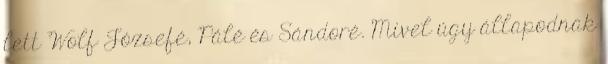
lett Wolf Józsefé, Pálé és Sándoré. Mivel úgy állapodnak